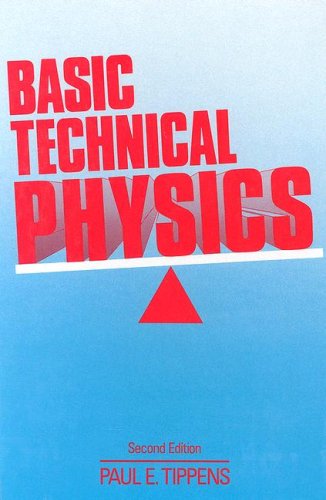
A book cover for Basic Technical Physics; Paul E. Tippens; Science & Math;